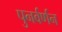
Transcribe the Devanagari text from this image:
पुनर्वर्णन